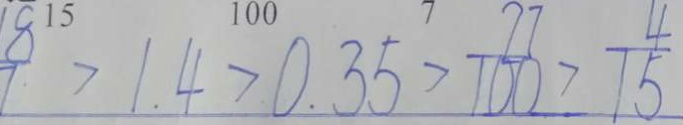
\frac { 1 8 } { 7 } > 1 . 4 > 0 . 3 5 > \frac { 7 7 } { 1 0 0 } > \frac { 4 } { 1 5 }